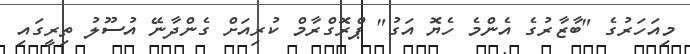
މިއަހަރުގެ "ބާޒާރުގެ އެންމެ ހެޔޮ އަގު" ޕްރޮގްރާމް ކުރިއަށް ގެންދާނޭ އުސޫލު ތިރީގައި